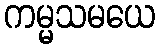
ကမ္မသမယေ